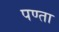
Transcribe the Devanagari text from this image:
पण्ता